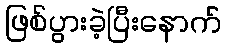
ဖြစ်ပွားခဲ့ပြီးနောက်